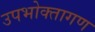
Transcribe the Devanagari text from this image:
उपभोक्तागण